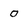
Character: 0